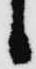
候